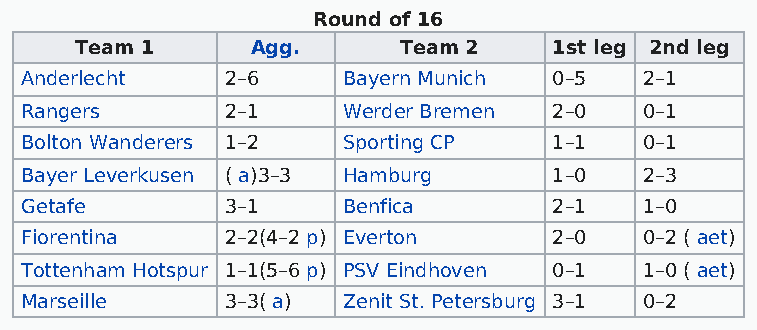
Round of 16
 Team 1      Agg.     Team 2     1st leg 2nd leg
 Anderlecht    2–6     Bayern Munich 0–5   2–1
 Rangers       2–1     Werder Bremen 2–0   0–1
 Bolton Wanderers 1–2  Sporting CP   1–1   0–1
 Bayer Leverkusen ( a)3–3 Hamburg    1–0   2–3
 Getafe        3–1     Benfica       2–1   1–0
 Fiorentina    2–2(4–2 p) Everton    2–0   0–2 ( aet)
 Tottenham Hotspur 1–1(5–6 p) PSV Eindhoven 0–1 1–0 ( aet)
 Marseille     3–3( a) Zenit St. Petersburg 3–1 0–2